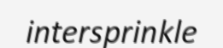
intersprinkle